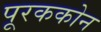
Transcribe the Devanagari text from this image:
पूरककोन